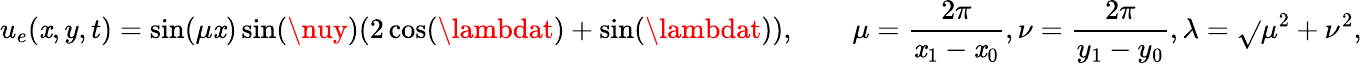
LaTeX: u_{e}(\mathit{x},y,t)=\sin(\mu\mathit{x})\sin(\nuy)(2\cos(\lambdat)+\sin(\lambdat)),\qquad\mu=\frac{{2\pi}}{{\mathit{x}_{1}-\mathit{x}_{0}}},\nu=\frac{{2\pi}}{{y_{1}-y_{0}}},\lambda=\sqrt{}{{\mu^{2}+\nu^{2}}},